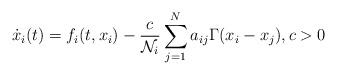
LaTeX: \begin{align*}\dot{x}_i(t) = f_i(t,x_i)-\frac{c}{\mathcal{N}_i}\sum_{j=1}^{N}a_{ij}\Gamma(x_i-x_j), c>0\end{align*}